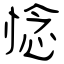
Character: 惗